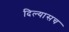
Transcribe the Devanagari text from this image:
दिल्यासच